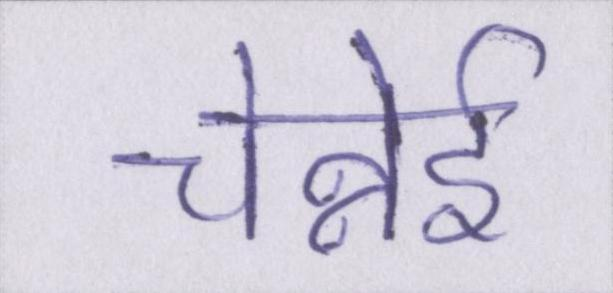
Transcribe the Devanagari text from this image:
चेन्नेई